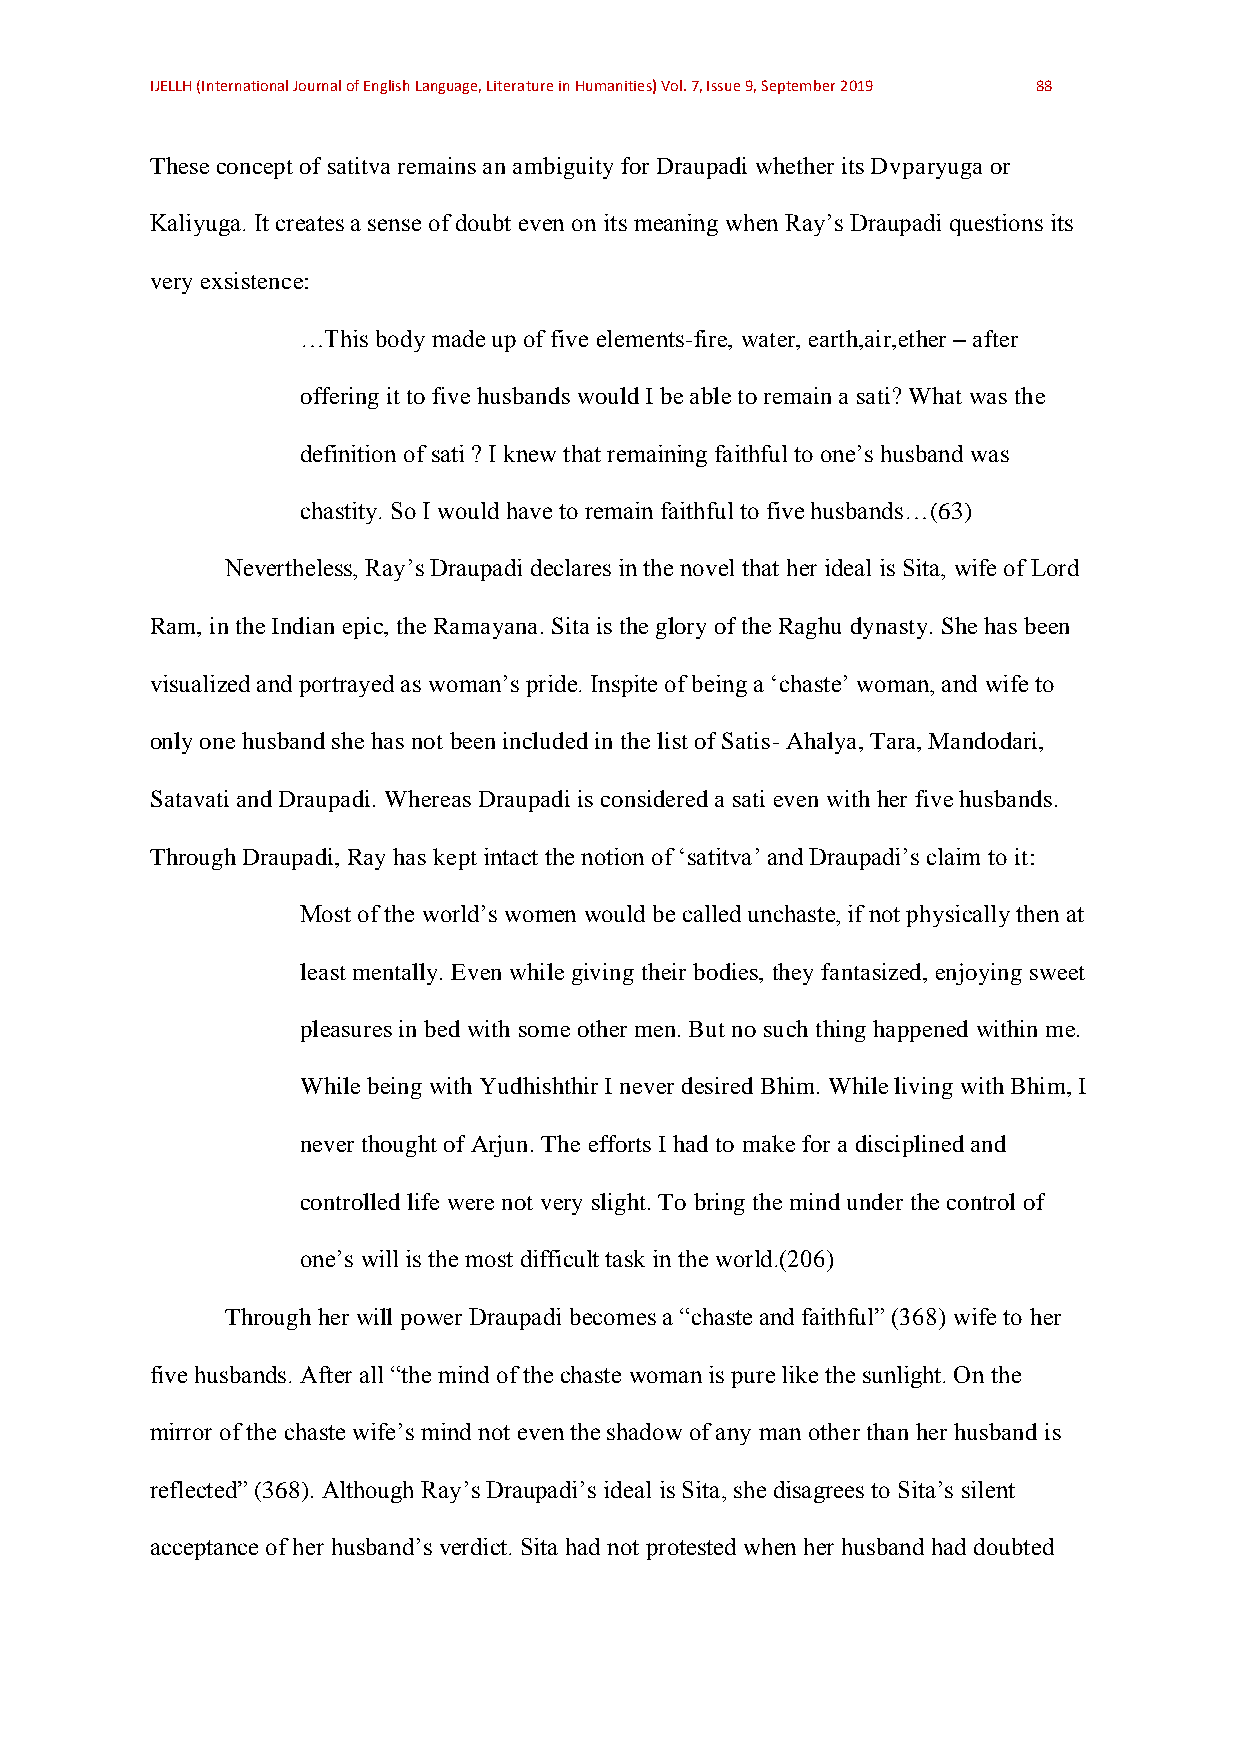
IJELLH (International Journal of English Language, Literature in Humanities) Vol. 7, Issue 9, September 2019 88
 These concept of satitva remains an ambiguity for Draupadi whether its Dvparyuga or
 Kaliyuga. It creates a sense of doubt even on its meaning when Ray’s Draupadi questions its
 very exsistence:
 …This body made up of five elements-fire, water, earth,air,ether – after
 offering it to five husbands would I be able to remain a sati? What was the
 definition of sati ? I knew that remaining faithful to one’s husband was
 chastity. So I would have to remain faithful to five husbands…(63)
 Nevertheless, Ray’s Draupadi declares in the novel that her ideal is Sita, wife of Lord
 Ram, in the Indian epic, the Ramayana. Sita is the glory of the Raghu dynasty. She has been
 visualized and portrayed as woman’s pride. Inspite of being a ‘chaste’ woman, and wife to
 only one husband she has not been included in the list of Satis- Ahalya, Tara, Mandodari,
 Satavati and Draupadi. Whereas Draupadi is considered a sati even with her five husbands.
 Through Draupadi, Ray has kept intact the notion of ‘satitva’ and Draupadi’s claim to it:
 Most of the world’s women would be called unchaste, if not physically then at
 least mentally. Even while giving their bodies, they fantasized, enjoying sweet
 pleasures in bed with some other men. But no such thing happened within me.
 While being with Yudhishthir I never desired Bhim. While living with Bhim, I
 never thought of Arjun. The efforts I had to make for a disciplined and
 controlled life were not very slight. To bring the mind under the control of
 one’s will is the most difficult task in the world.(206)
 Through her will power Draupadi becomes a “chaste and faithful” (368) wife to her
 five husbands. After all “the mind of the chaste woman is pure like the sunlight. On the
 mirror of the chaste wife’s mind not even the shadow of any man other than her husband is
 reflected” (368). Although Ray’s Draupadi’s ideal is Sita, she disagrees to Sita’s silent
 acceptance of her husband’s verdict. Sita had not protested when her husband had doubted